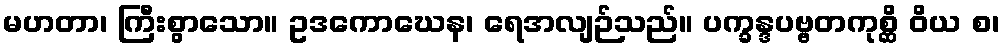
မဟတာ၊ ကြီးစွာသော။ ဥဒကောဃေန၊ ရေအလျဉ်သည်။ ပက္ခန္ဒပဗ္ဗတကုစ္ဆိ ဝိယ စ၊